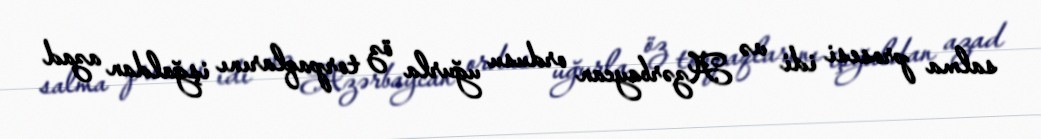
salma prosesi idi və Azərbaycan ordusu uğurla öz torpaqlarını işğaldan azad